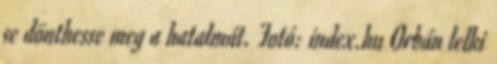
se dönthesse meg a hatalmát. Fotó: index.hu Orbán lelki